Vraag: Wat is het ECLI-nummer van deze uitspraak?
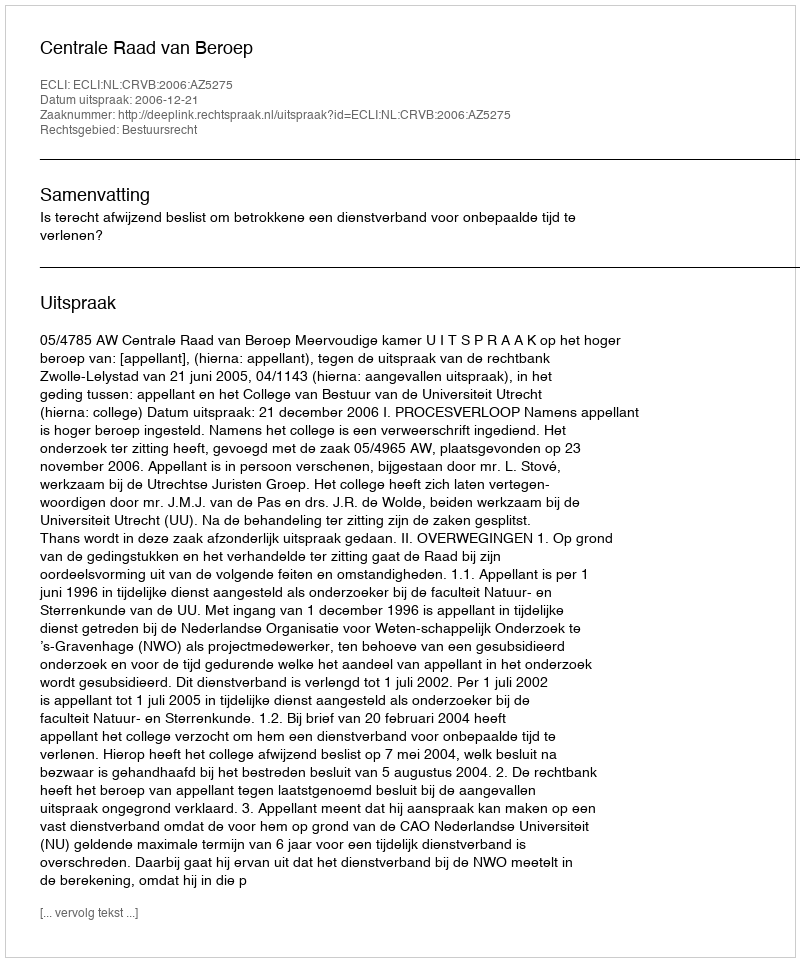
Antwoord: ECLI:NL:CRVB:2006:AZ5275